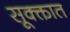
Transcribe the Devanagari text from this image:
सूक्क्तात